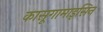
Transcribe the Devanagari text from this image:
कासूगामाइसिन